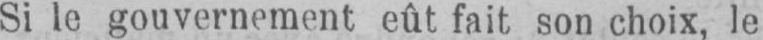
Si le gouvernement eût fait son choix, le